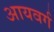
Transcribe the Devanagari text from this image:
आयवर्ग